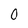
Character: 0